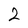
Character: 2